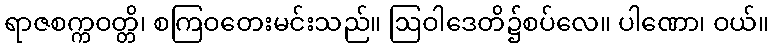
ရာဇစက္ကဝတ္တိ၊ စကြဝတေးမင်းသည်။ ဩဝါဒေတိ၌စပ်လေ။ ပါဏော၊ ဝယ်။